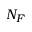
N _ { F }